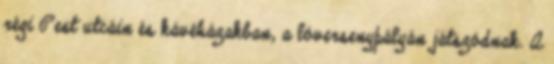
régi Pest utcáin és kávéházakban, a lóversenypályán játszódnak. A